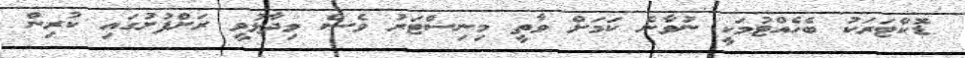
ޑޮކްޓަރަކު ބެހެއްޓުމަކީ ނުވާނެ ކަމަށް ވާތީ މިނިސްޓަރު ވެސް ވިދާޅުވީ ރަށްފުށުގައި ކުރިން